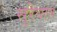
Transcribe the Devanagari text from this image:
सुरेवात